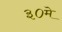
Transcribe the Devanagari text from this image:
३०मे